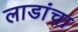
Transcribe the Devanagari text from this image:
लाडांचा